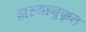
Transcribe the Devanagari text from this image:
हास्यानुकृत